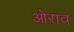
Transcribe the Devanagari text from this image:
ओराव